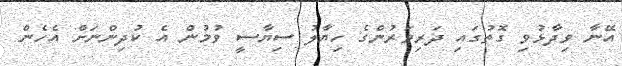
އޭނާ ވިދާޅުވި ގޮތުގައި ދަރިވަރުންގެ ހިޔާލު ސިޔާސީ ވުމުން އެ ކުދިންނަށް އެހެން